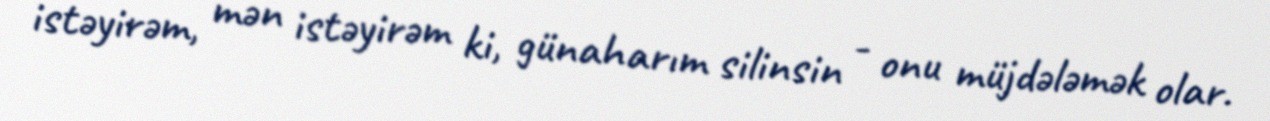
istəyirəm, mən istəyirəm ki, günaharım silinsin - onu müjdələmək olar.